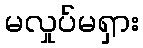
မလှုပ်မရှား